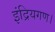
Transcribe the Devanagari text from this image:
इंद्रियगण।